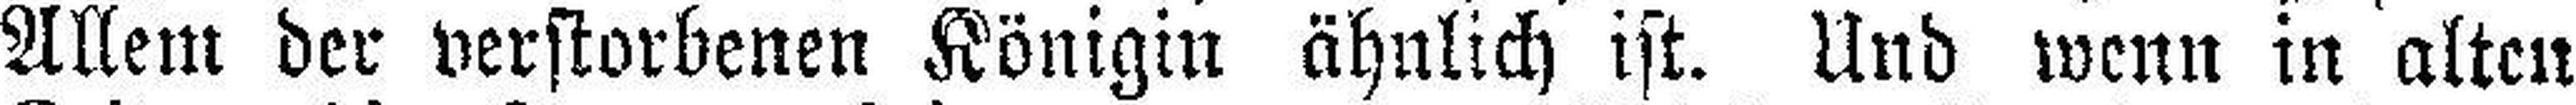
Allem der verstorbenen Königin ähnlich ist. Und wenn in alten